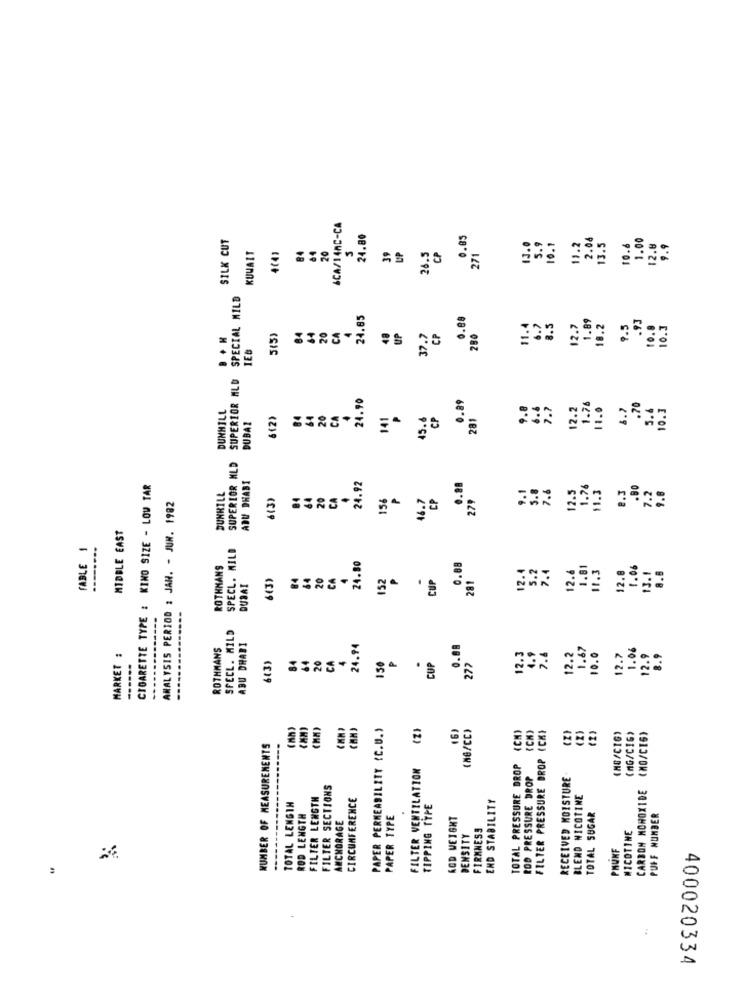
&CA/14AC-CA
SILK CUT
24.80
0.85
11.2
2.08
1.00
KUWAIT
26.5
271
13.0
5.9
10.1
13.5
10.6
12.8
9.9
4(4)
84
20
39
CP
SPECIAL MILD
24.85
0.88
1.89
84
20
CA
4
11.4
6.7
B.S
12.7
18.2
9.5
10.8
10. 3
5(5)
48
UP
37.7
CP
280
IEB
SUPERIOR MLD
24.90
0.89
DUNHILL
9.8
7.7
12.2
1.76
11.0
6.7
.70
5.4
10.3
6(2)
84
64
20
CA
141
CP
281
DUBAI
15.4
SUPERIOR MLD
ABU DHABI
CIGARETTE TYPE : KINO SIZE - LOW TAR
DUNHILL
24.92
0.88
9.1
5.8
7.6
12.5
1.76
$1.3
8.3
7.2
9.8
6(3)
84
64
20
CA
156
16.7
CP
279
ANALYSIS PERIOD : JAN. - JUN. 1982
MIDDLE EAST
FABLE 1
SPECL. MILD
ROTHMANS
24.80
0.88
7.4
1.81
11.3
1.06
13.1
6(3)
20
CA
152
.
CUP
281
12.4
5.2
12.6
12.8
8.8
DUBAI
---
SPECL. MILD
ROTHMANS
ABU DHABI
24.94
0.88
1.67
1.06
MARKET :
84
64
20
CA
P
.
12.
4.9
7.6
12.2
10 . 0
12.7
2.9
8.9
------
6(3)
150
CUP
277
PAPER PERMEABILITY {C.U.)
(2)
(MG/CC)
(CH)
FILTER PRESSURE DROP (CKI
(2)
(2)
(2)
(MG/CIG)
(MG/CIG)
(MO/CIS)
NUMBER OF MEASUREMENTS
---
FILTER VENTILATION
TOTAL PRESSURE DROP
ROD PRESSURE DROP
RECEIVED MOISTURE
FILTER SECTIONS
CARBON MONOXIDE
FILTER LENGTH
CIRCUMFERENCE
END STABILITY
BLEND NICOTINE
TOTAL LENGTH
TIPPING TYPE
ROD LENGTH
PAPER TYPE
KOD WEIGHT
TOTAL SUGAR
PUFF NUMBER
ANCHORAGE
FIRMNESS
NICOTINE
DENSITY
PHUNF
:
400020334